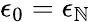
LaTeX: \epsilon_{0}=\epsilon_{\mathbb{N}}